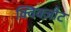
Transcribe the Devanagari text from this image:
क्विक्ज़ौट